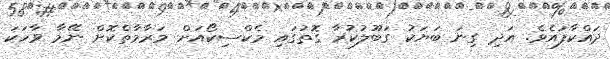
ދައްކާފައެވެ. އަދި ގިނަ ބަޔަކު ގަބޫލުކުރާ ގޮތުގައި މެކްސިކޯއަށް މަރާމާތްކޮށް ނޭމާ ވާހަކަ